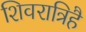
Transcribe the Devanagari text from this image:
शिवरात्रिहै